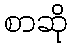
စာဆို